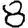
Digit: 8